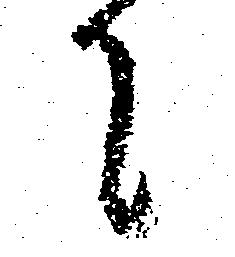
て